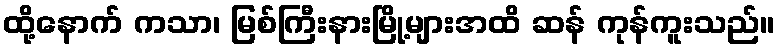
ထို့နောက် ကသာ၊ မြစ်ကြီးနားမြို့များအထိ ဆန် ကုန်ကူးသည်။